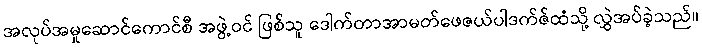
အလုပ်အမှုဆောင်ကောင်စီ အဖွဲ့ဝင် ဖြစ်သူ ဒေါက်တာအာမတ်ဖေဇယ်ပါဒက်ဇ်ထံသို့ လွှဲအပ်ခဲ့သည်။